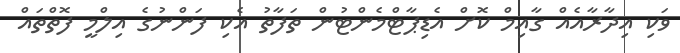
ވަކި އިދާރާއެއް ގާއިމް ކޮށް އެޑިޕާޓްމެންޓުން ތަފާތު އެކި ފަންނުގެ އިލްމީ ފޮތްތައް